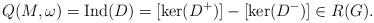
LaTeX: \begin{align*}Q(M, \omega) = \mathrm{Ind}(D) = [\mathrm{ker}(D^+)] - [\mathrm{ker}(D^-)] \in R(G).\end{align*}